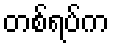
တစ်ရပ်က